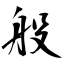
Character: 般